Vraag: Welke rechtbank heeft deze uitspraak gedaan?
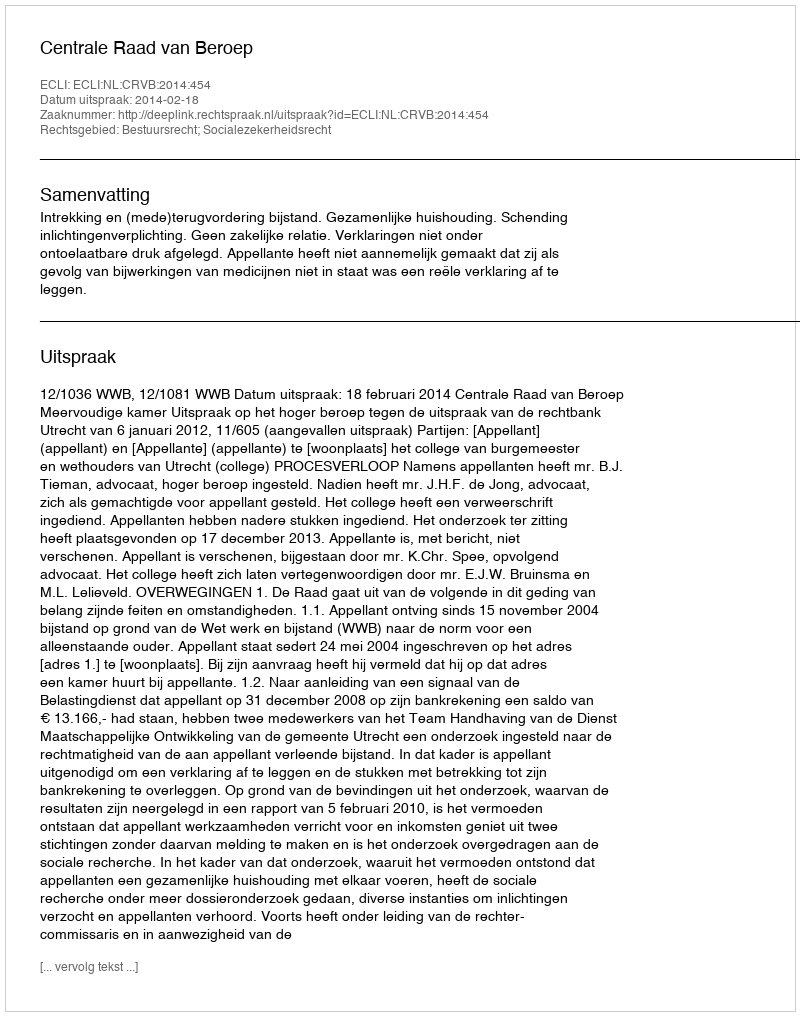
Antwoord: Centrale Raad van Beroep